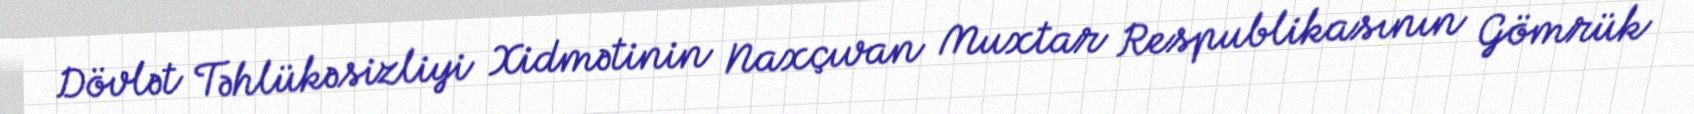
Dövlət Təhlükəsizliyi Xidmətinin Naxçıvan Muxtar Respublikasının Gömrük